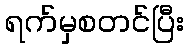
ရက်မှစတင်ပြီး